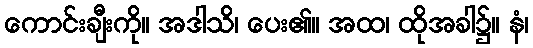
ကောင်းချီးကို။ အဒါသိ၊ ပေး၏။ အထ၊ ထိုအခါ၌။ နံ၊